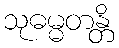
သုဓမ္မတန္တိ